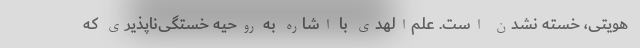
هویتی، خسته نشدن است. علم‌الهدی با اشاره به روحیه خستگی‌ناپذیری که